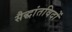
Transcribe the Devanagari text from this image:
सैद्धांतविदों